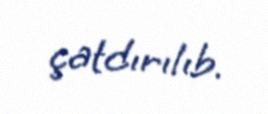
çatdırılıb.